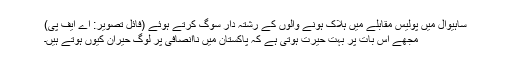
ساہیوال میں پولیس مقابلے میں ہلاک ہونے والوں کے رشتہ دار سوگ کرتے ہوئے (فائل تصویر: اے ایف پی)
مجھے اس بات پر بہت حیرت ہوتی ہے کہ پاکستان میں ناانصافی پر لوگ حیران کیوں ہوتے ہیں۔